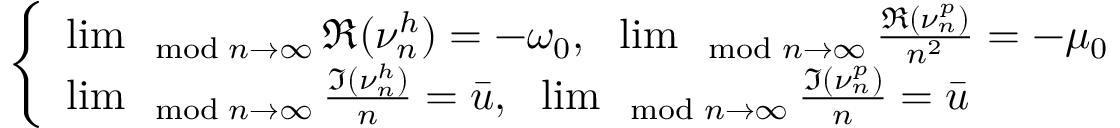
\left\{ \begin{array} { l l } { \operatorname* { l i m } _ { \mod { n } \to \infty } \Re ( \nu _ { n } ^ { h } ) = - \omega _ { 0 } , \ \ \operatorname* { l i m } _ { \mod { n } \to \infty } \frac { \Re ( \nu _ { n } ^ { p } ) } { n ^ { 2 } } = - \mu _ { 0 } } \\ { \operatorname* { l i m } _ { \mod { n } \to \infty } \frac { \Im ( \nu _ { n } ^ { h } ) } { n } = \bar { u } , \ \ \operatorname* { l i m } _ { \mod { n } \to \infty } \frac { \Im ( \nu _ { n } ^ { p } ) } { n } = \bar { u } } \end{array} \right.